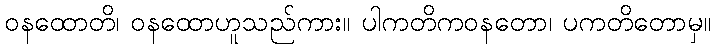
ဝနထောတိ၊ ဝနထောဟူသည်ကား။ ပါကတိကဝနတော၊ ပကတိတောမှ။